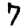
Digit: 7